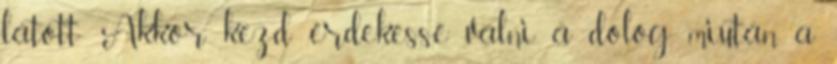
látott: Akkor kezd érdekessé válni a dolog, miután a